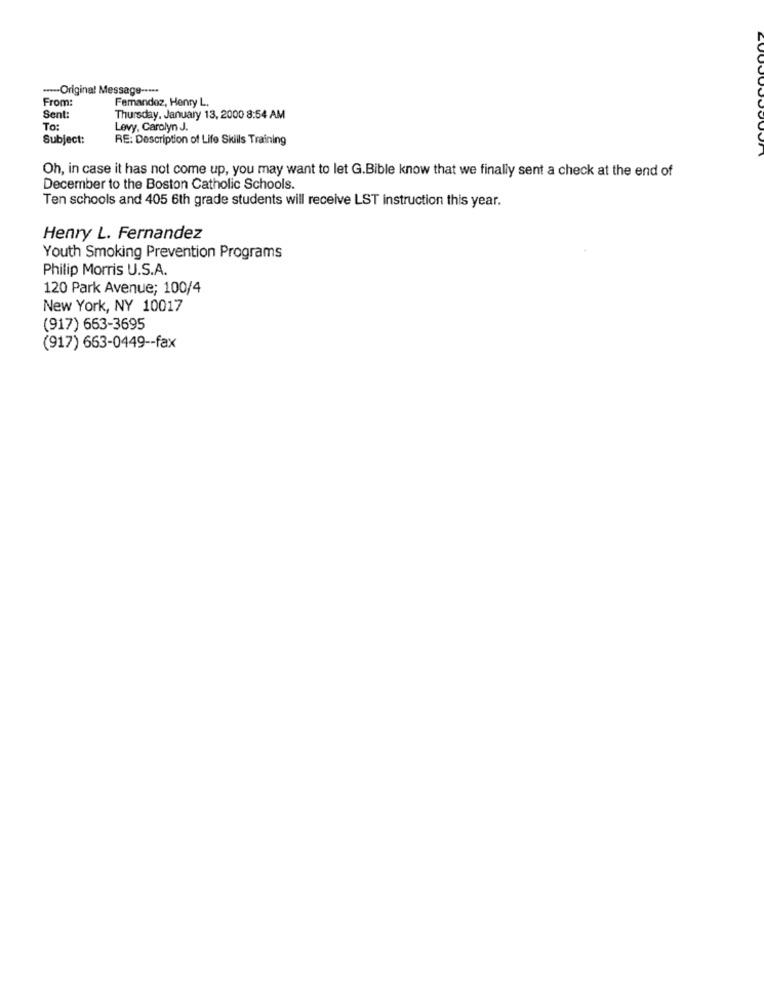
---- Original Message -----
From:
Femandoz, Henry L.
Sent:
Thursday, January 13, 2000 8:54 AM
To:
Levy, Carolyn J.
Subject:
RE: Description of Life Skills Training
Oh, in case it has not come up, you may want to let G.Bible know that we finally sent a check at the end of
December to the Boston Catholic Schools.
Ten schools and 405 6th grade students will receive LST instruction this year.
Henry L. Fernandez
Youth Smoking Prevention Programs
Philip Morris U.S.A.
120 Park Avenue; 100/4
New York, NY 10017
(917) 663-3695
(917) 663-0449 -- fax